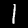
Label: 1